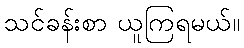
သင်ခန်းစာ ယူကြရမယ်။